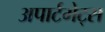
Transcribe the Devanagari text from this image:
अपार्टमेट्स